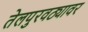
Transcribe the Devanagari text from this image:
तेलपुरवठ्यावर